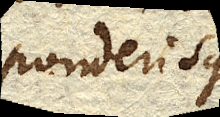
ponderisque